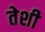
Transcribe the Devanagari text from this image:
तेशी